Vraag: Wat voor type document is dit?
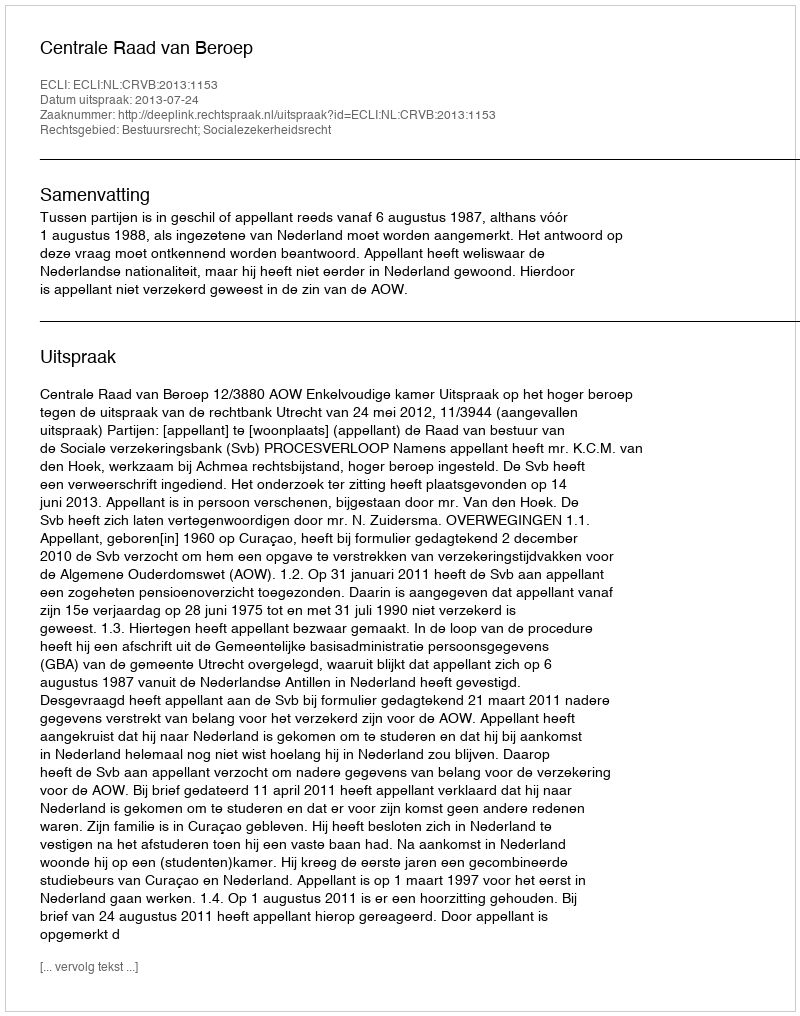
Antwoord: Uitspraak